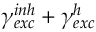
\gamma _ { e x c } ^ { i n h } + \gamma _ { e x c } ^ { h }